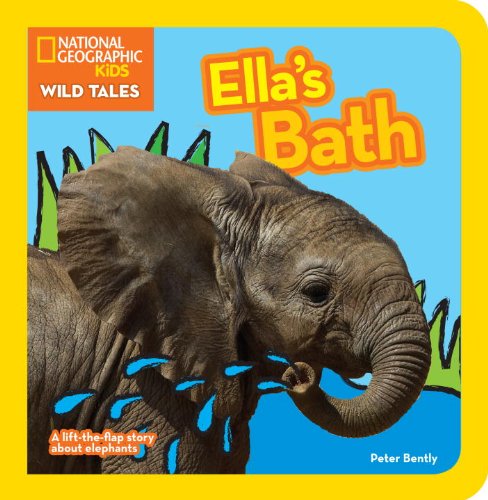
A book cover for National Geographic Kids Wild Tales: Ella's Bath: A lift-the-flap story about elephants; Peter Bently; Children's Books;